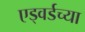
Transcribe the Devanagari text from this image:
एड्वर्डच्या